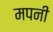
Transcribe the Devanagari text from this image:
मपनी